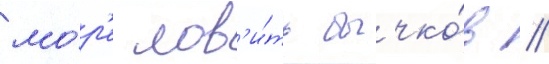
мо́р'е лов'и́ть бычко́в //